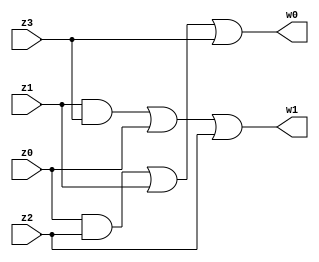
module mcomp42(w0,w1,z0,z1,z2,z3);
input z0,z1,z2,z3;
output wire w0,w1;




assign w0 = (z0&z2)|z1|z3;
assign w1 = (z1&z3)|z0|z2;


endmodule